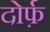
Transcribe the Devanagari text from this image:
दोर्फ़